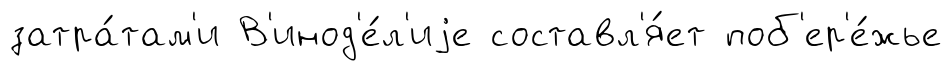
затра́там'и В'инод'е́л'иjе составл'я́ет поб'ер'е́жье